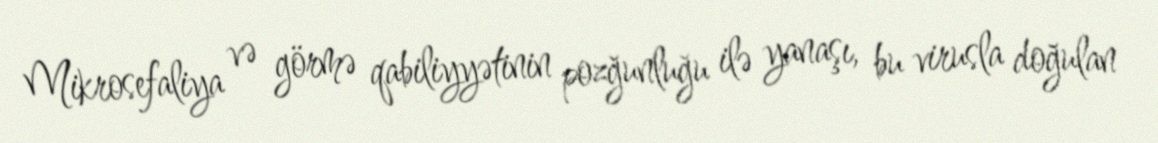
Mikrosefaliya və görmə qabiliyyətinin pozğunluğu ilə yanaşı, bu virusla doğulan